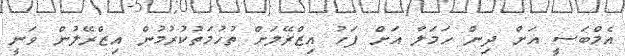
އެމްބަސީ އަށް ދިން ހަމަލާ އަށް ފަހު އިޒްރޭލަށް ތުހުމަތުކުރުމުން އިޒްރޭލުން ވަނީ